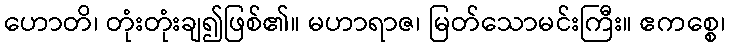
ဟောတိ၊ တုံးတုံးချ၍ဖြစ်၏။ မဟာရာဇ၊ မြတ်သောမင်းကြီး။ ဧကစ္စေ၊